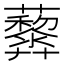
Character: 𧅏